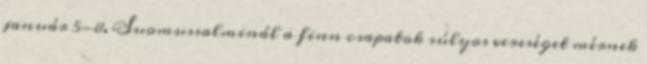
január 5-8. Suomussalminál a finn csapatok súlyos vereséget mérnek